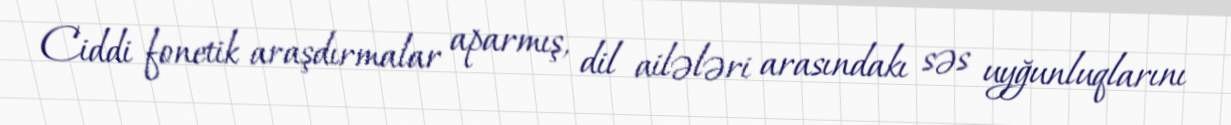
Ciddi fonetik araşdırmalar aparmış, dil ailələri arasındakı səs uyğunluqlarını